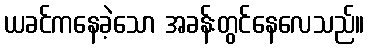
ယခင်ကနေခဲ့သော အခန်းတွင်နေလေသည်။